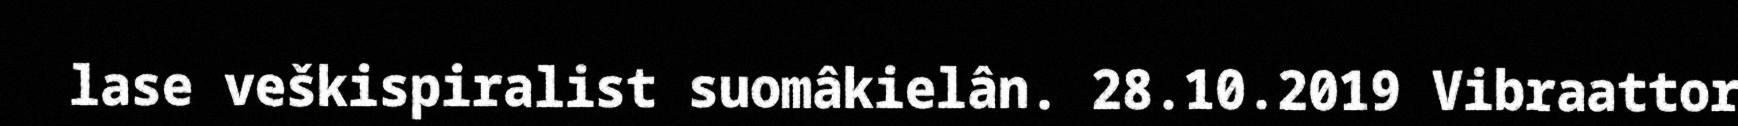
lase veškispiralist suomâkielân. 28.10.2019 Vibraattor